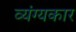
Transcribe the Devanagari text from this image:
व्‍यंग्‍यकार